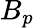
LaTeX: B_{p}